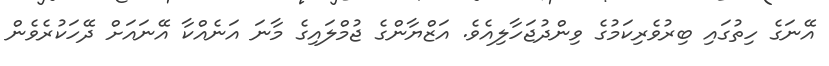
އޭނަގެ ހިތުގައި ބިރުވެރިކަމުގެ ވިންދުޖަހާލިއެވެ. އަޒްޔާންގެ ޖުމްލައިގެ މާނަ އަނެއްކާ އޭނައަށް ދޭހަކުރެވެން